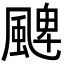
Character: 𩗫